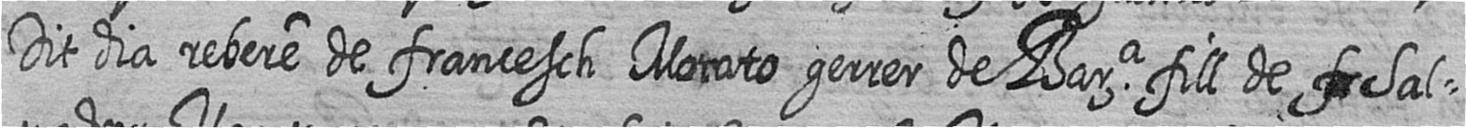
Dit dia rebere de francesch Morato gerrer de Bara fill de # Sal=